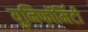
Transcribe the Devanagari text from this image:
युनिफॉर्मिटी